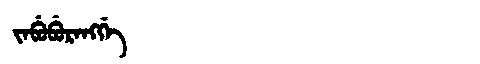
Manchu: ᠵᠠᠪᡠᠪᡠᡵᠠᠩᡤᡝ
Romanization: JABUBURANGGE